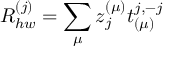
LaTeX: R _ { h w } ^ { ( j ) } = \sum _ { \mu } z _ { j } ^ { ( \mu ) } t _ { ( \mu ) } ^ { j , - j }